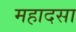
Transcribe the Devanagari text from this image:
महादसा